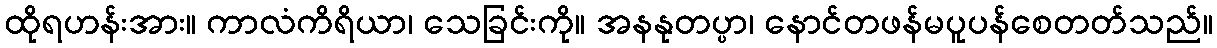
ထိုရဟန်းအား။ ကာလံကိရိယာ၊ သေခြင်းကို။ အနနုတပ္ပာ၊ နောင်တဖန်မပူပန်စေတတ်သည်။